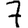
Digit: 7